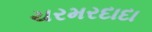
ચરમરદાદા